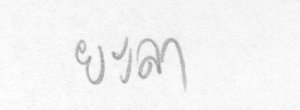
ยะลา